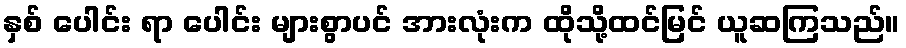
နှစ် ပေါင်း ရာ ပေါင်း များစွာပင် အားလုံးက ထိုသို့ထင်မြင် ယူဆကြသည်။